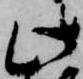
此